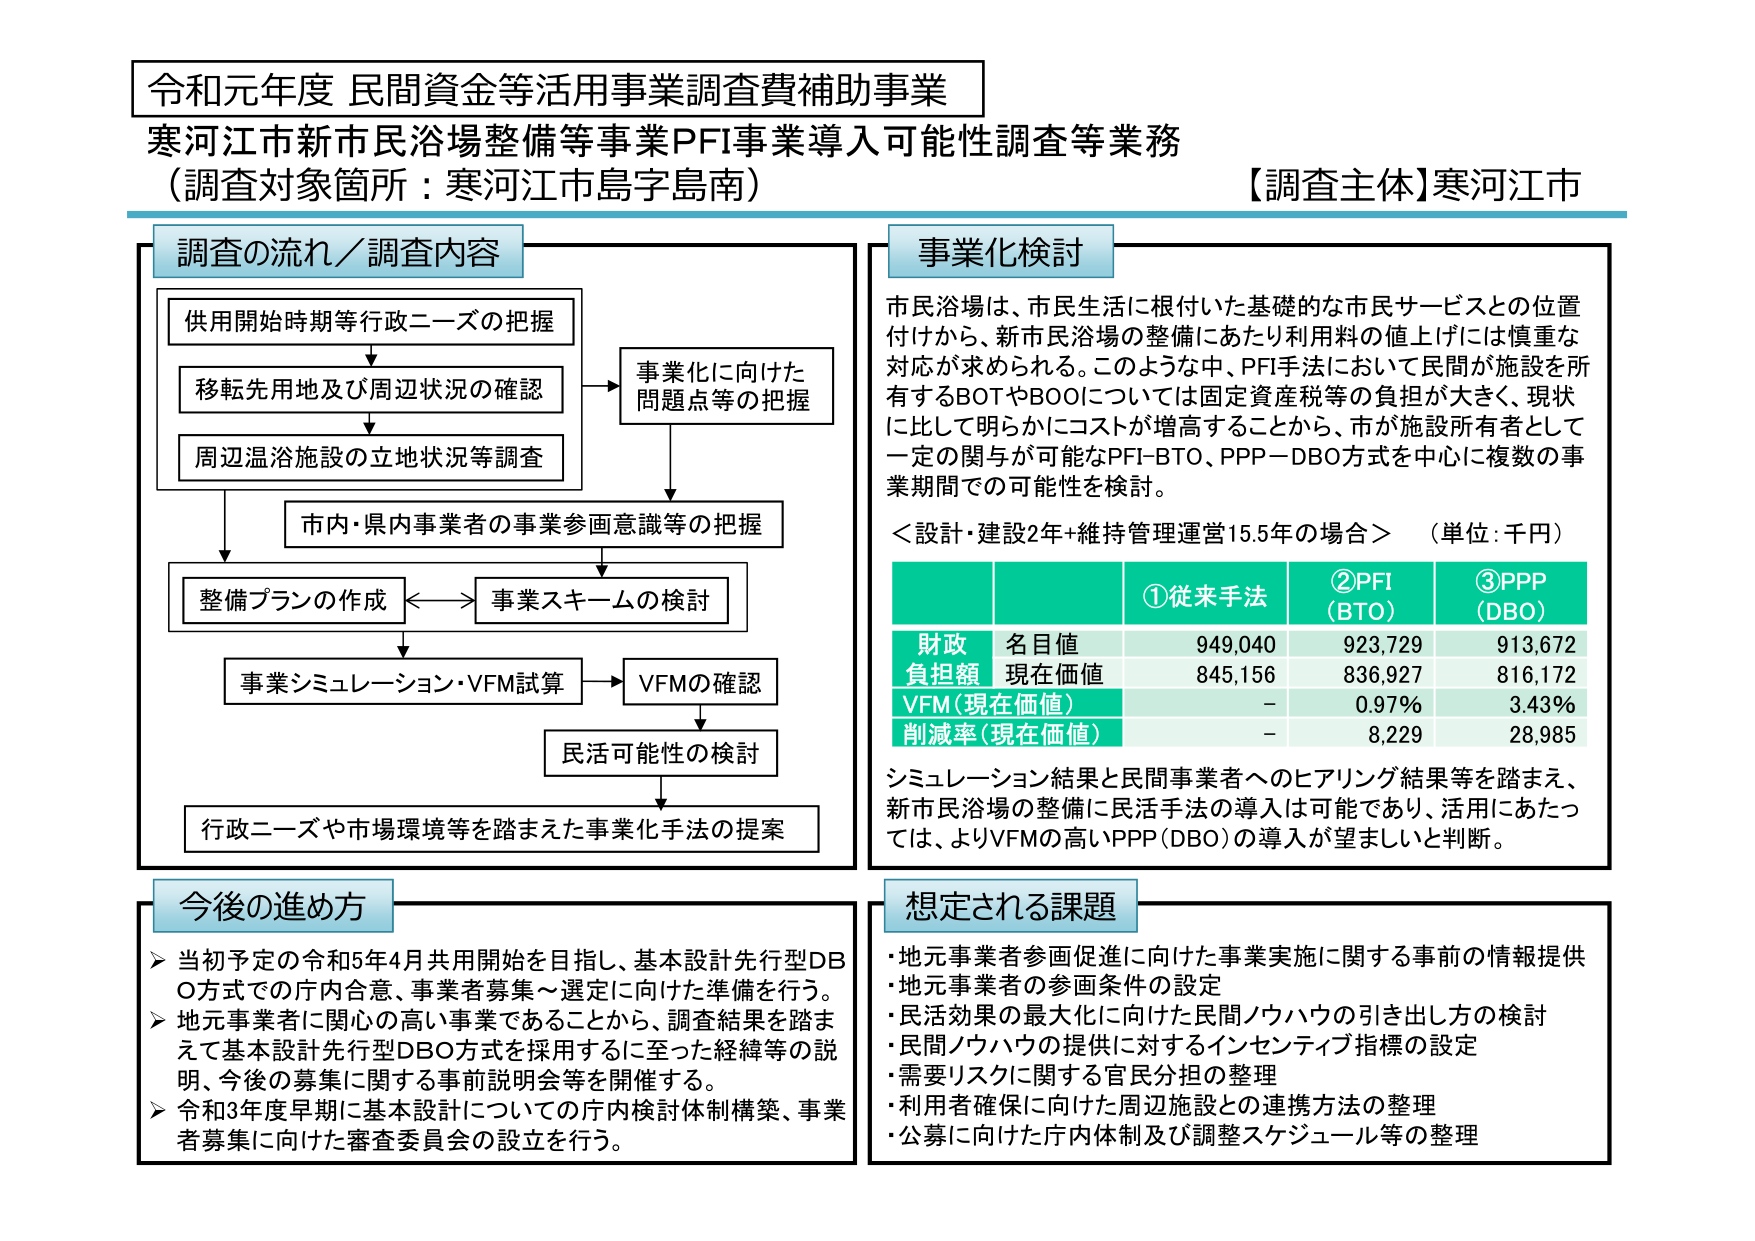
令和元年度 民間資金等活用事業調査費補助事業
寒河江市新市民浴場整備等事業PFI事業導入可能性調査等業務
（調査対象箇所：寒河江市島字島南）
【調査主体】寒河江市

調査の流れ／調査内容
供用開始時期等行政ニーズの把握
↓
移転先用地及び周辺状況の確認
↓
周辺温浴施設の立地状況等調査
→ 事業化に向けた問題点等の把握
↓
市内・県内事業者の事業参画意識等の把握
↓
整備プランの作成 ←→ 事業スキームの検討
↓
事業シミュレーション・VFM試算 → VFMの確認
↓
民活可能性の検討
↓
行政ニーズや市場環境等を踏まえた事業化手法の提案

事業化検討
市民浴場は、市民生活に根付いた基礎的な市民サービスとの位置付けから、新市民浴場の整備にあたり利用料の値上げには慎重な対応が求められる。このような中、PFI手法において民間が施設を所有するBOTやBOOについては固定資産税等の負担が大きく、現状に比して明らかにコストが増高することから、市が施設所有者として一定の関与が可能なPFI-BTO、PPP-DBO方式を中心に複数の事業期間での可能性を検討。

＜設計・建設2年+維持管理運営15.5年の場合＞ （単位：千円）
| | | ①従来手法 | ②PFI (BTO) | ③PPP (DBO) |
|---|---|---|---|---|
| 財政負担額 | 名目値 | 949,040 | 923,729 | 913,672 |
| | 現在価値 | 845,156 | 836,927 | 816,172 |
| VFM（現在価値） | | - | 0.97% | 3.43% |
| 削減率（現在価値） | | - | 8,229 | 28,985 |

シミュレーション結果と民間事業者へのヒアリング結果等を踏まえ、新市民浴場の整備に民活手法の導入は可能であり、活用にあたっては、よりVFMの高いPPP（DBO）の導入が望ましいと判断。

今後の進め方
➤ 当初予定の令和5年4月共用開始を目指し、基本設計先行型DBO方式での庁内合意、事業者募集～選定に向けた準備を行う。
➤ 地元事業者に関心の高い事業であることから、調査結果を踏まえて基本設計先行型DBO方式を採用するに至った経緯等の説明、今後の募集に関する事前説明会等を開催する。
➤ 令和3年度早期に基本設計についての庁内検討体制構築、事業者募集に向けた審査委員会の設立を行う。

想定される課題
・地元事業者参画促進に向けた事業実施に関する事前の情報提供
・地元事業者の参画条件の設定
・民活効果の最大化に向けた民間ノウハウの引き出し方の検討
・民間ノウハウの提供に対するインセンティブ指標の設定
・需要リスクに関する官民分担の整理
・利用者確保に向けた周辺施設との連携方法の整理
・公募に向けた庁内体制及び調整スケジュール等の整理